Vaccination Hyderabad 1872-1889 - 1872-1889
Year: 1872
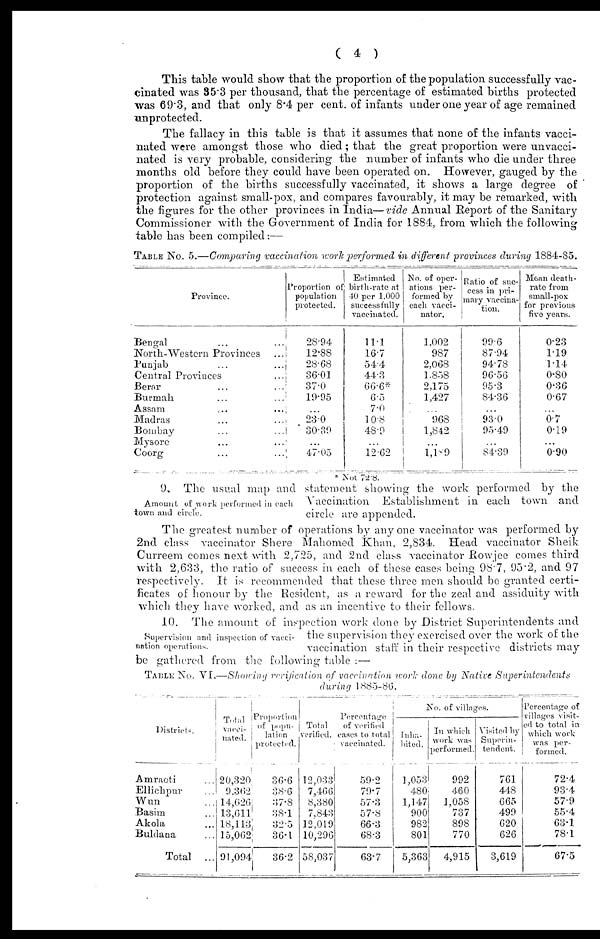
( 4 )
This table would show that the proportion of the population successfully vac-
cinated was 85.3 per thousand, that the percentage of estimated births protected
was 69.3, and that only 8.4 per cent. of infants under one year of age remained
unprotected.
The fallacy in this table is that it assumes that none of the infants vacci-
nated were amongst those who died ; that the great proportion were unvacci-
nated is very probable, considering the number of infants who die under three
months old before they could have been operated on. However, gauged by the
proportion of the births successfully vaccinated, it shows a large degree of
protection against small-pox, and compares favourably, it may be remarked, with
the figures for the other provinces in India—vide Annual Report of the Sanitary
Commissioner with the Government of India for 1884, from which the following
table has been compiled:—
TABLE No. 5.—Comparing vaccination work performed, in different provinces during 1884-85.
Province.
Bengal ... ...
North-Western Provinces ...
Punjab ... ...
Central Provinces ...
Berar ... ...
Burmah ... ...
Assam ... ...
Madras ... ...
Bombay ... ...
Mysore ... ...
Coorg ... ...
Proportion of
population
protected.
28.94
12.88
28.68
36.01
37.0
10.95
...
23.0
30.39
...
47.05
Estimated
birth-rate at
40 per 1,000
successfully
vaccinated.
11.1
16.7
54.4
44.3
66.6*
6.5
7.0
10.8
48.9
...
12.62
No. of oper-
ations per-
formed by
each vacci-
nator.
1,002
987
2,068
1,858
2,175
1,427
...
968
1,842
...
1,189
Ratio of suc-
cess in pri-
mary vaccina-
tion.
99.6
87.94
94.78
96.56
95.3
84.36
...
93.0
95.49
...
84.39
Mean death-
rate from
small-pox
for previous
five years.
0.23
1.19
1.14
0.80
0.36
0.67
...
0.7
0.19
...
0.90
* Not 72.8.
Amount of work performed in each
town and circle.
9. The usual map and statement showing the work performed by the
Vaccination Establishment in each town and
circle are appended.
The greatest number of operations by any one vaccinator was performed by
2nd class vaccinator Shere Mahomed Khan, 2,834. Head vaccinator Sheik
Curreem comes next with 2,725, and 2nd class vaccinator Rowjee comes third
with 2,633, the ratio of success in each of these cases being 98.7, 95.2, and 97
respectively. It is recommended that these three men should be granted certi-
ficates of honour by the Resident, as a reward for the zeal and assiduity with
which they have worked, and as an incentive to their fellows.
Supervision and inspection of vacci-
nation operations.
10. The amount of inspection work done by District Superintendents and
the supervision they exercised over the work of the
vaccination staff in their respective districts may-
be gathered from the following table :—
TABLE No. VI.—Showing verification of vaccination work done by Native Superintendents
during 1885-86.
Districts.
Amraoti ...
Ellichpur ...
Wun ...
Basim ...
Akola ...
Buldana ...
Total ...
Total
vacci-
nated.
20,320
9,362
14,626
13,611
18,113
15,062
91,094
Proportion
of popu-
lation
protected.
36.6
38.6
37.8
38.1
32.5
36.1
36.2
Total
verified.
12,033
7,466
8,380
7,843
12,019
10,296
58,037
Percentage
of verified
cases to total
vaccinated.
59.2
79.7
57.3
57.8
66.3
68.3
63.7
No. of villages.
Inha-
bited.
1,053
480
1,147
900
982
801
5,363
In which
work was
performed.
992
460
1,058
737
898
770
4,915
Visited by
Superin-
tendent.
761
448
665
499
620
626
3,619
Percentage of
villages visit-
ed to total in
which work
was per-
formed.
72.4
93.4
57.9
55.4
63.1
78.1
67.5